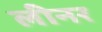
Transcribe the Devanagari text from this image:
लीनर